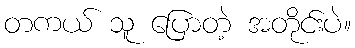
တကယ် သူ ပြောတဲ့ အတိုင်းပဲ။